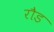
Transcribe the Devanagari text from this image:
रौड